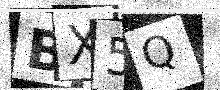
Text: BX5Q